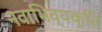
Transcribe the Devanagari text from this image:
नवाभिव्यक्ति